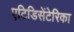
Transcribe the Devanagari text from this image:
एटिडिसेंटेरिका